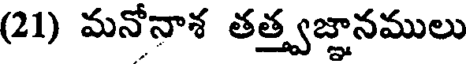
(21) మనోనాశ తత్త్వజ్ఞానములు